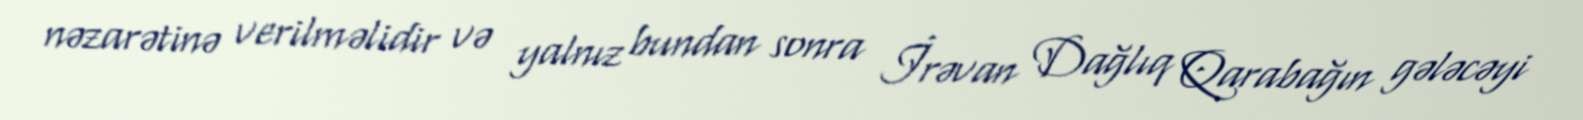
nəzarətinə verilməlidir və yalnız bundan sonra İrəvan Dağlıq Qarabağın gələcəyi